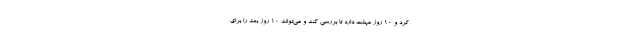
کرد و ۱۰ روز مهلت دارد تا بررسی کند و می‌تواند ۱۰ روز بعد را برای